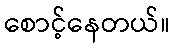
စောင့်နေတယ်။